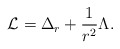
\begin{align*}\mathcal{L} = \Delta_r + \frac{1}{r^2} \Lambda.\end{align*}